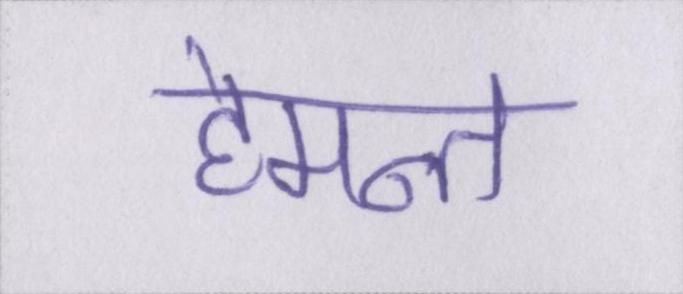
हेमन्त